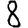
Digit: 8